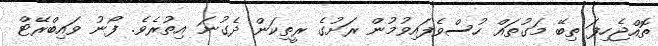
ތޮއްޖެހިފަ ތިބޭ މަގުތައް ހުސްވެފައިވުމުން ރަށުގެ ރީތިކަން ދެގުނަ އިތުރެވެ. ފޯނު ވައިބްރޭޓް